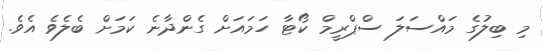
މި ބިލުގެ މައްސަލަ ސްޕްރީމް ކޯޓާ ހަމައަށް ގެންދާނެ ކަމަށް ބެލެވެ އެވެ.